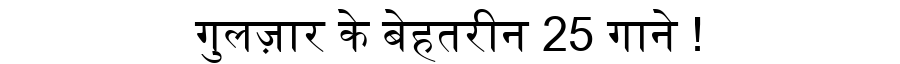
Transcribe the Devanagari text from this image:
गुलज़ार के बेहतरीन 25 गाने !